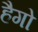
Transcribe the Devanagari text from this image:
हैगो